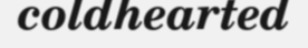
coldhearted